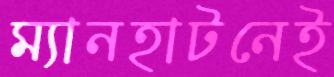
ম্যানহাটনেই